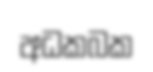
අධකබක